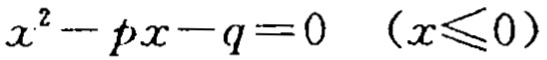
\(x^{2}-px - q = 0\ \ (x\leqslant0)\)